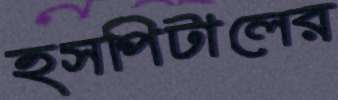
হসপিটালের